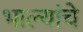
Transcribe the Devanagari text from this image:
भाल्यांचे